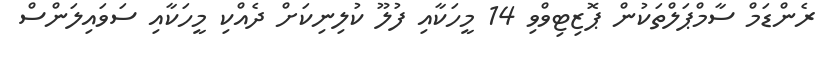
ރެންޑަމް ސާމްޕަލްތަކުން ޕޮޒިޓިވްވި 14 މީހަކާއި ފުލޫ ކުލިނިކަށް ދެއްކި މީހަކާއި ސަވައިލަންސް